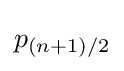
p_{(n+1)/2}